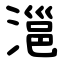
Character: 㴩